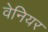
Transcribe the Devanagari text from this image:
वेनियर